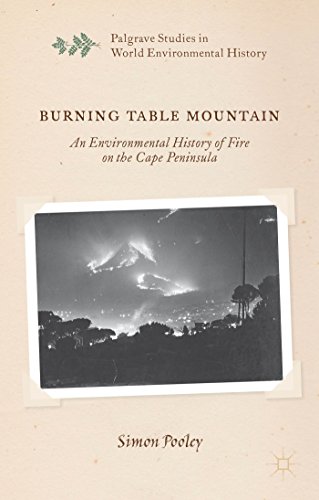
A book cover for Burning Table Mountain: An Environmental History of Fire on the Cape Peninsula (Palgrave Studies in World Environmental History); Simon Pooley; Business & Money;